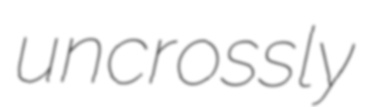
uncrossly